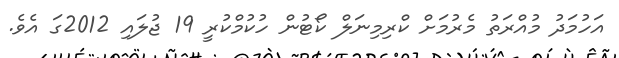
އަހުމަދު މުއްރަތު މެރުމަށް ކްރިމިނަލް ކޯޓުން ހުކުމްކުރީ 19 ޖުލައި 2012ގަ އެވެ.